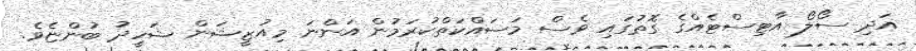
އަދި ސޯލޯ އާޓިސްޓެއްގެ ގޮތުގައި ވެސް މަސައްކަތްކުރަމުން އަންނަ މިއުޒީޝަން ޝަހީދު ބުންޏެވެ.